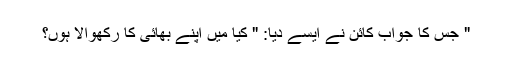
" جس کا جواب کائن نے ایسے دیا: " کیا میں اپنے بھائی کا رکھوالا ہوں؟